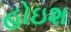
હોઇશ